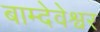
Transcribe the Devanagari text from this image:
बाम्देवेश्वर